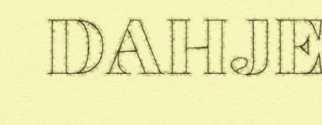
DAHJE